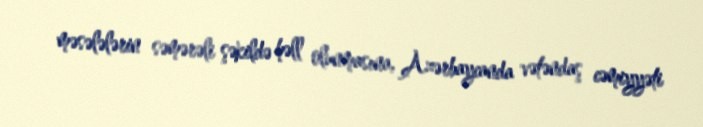
məsələlərin səmərəli şəkildə həll olunmasına, Azərbaycanda vətəndaş cəmiyyəti